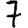
Digit: 7